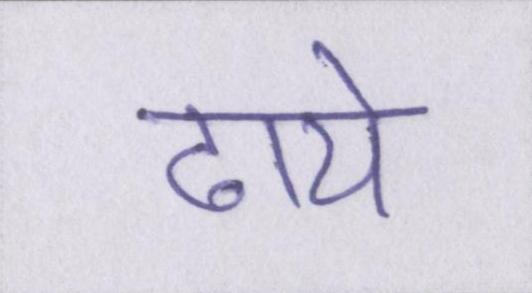
ढाये